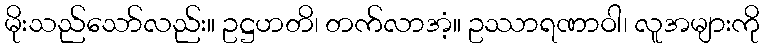
မိုးသည်သော်လည်း။ ဥဋ္ဌဟတိ၊ တက်လာအံ့။ ဥဿာရဏာဝါ၊ လူအများကို